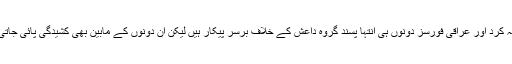
اگرچہ کرد اور عراقی فورسز دونوں ہی انتہا پسند گروہ داعش کے خلاف برسر پیکار ہیں لیکن ان دونوں کے مابین بھی کشیدگی پائی جاتی ہے۔